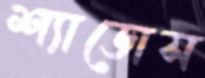
শ্যাডোস